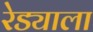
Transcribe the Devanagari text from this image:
रेड्याला